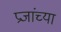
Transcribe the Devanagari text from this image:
प्रजांच्या